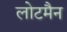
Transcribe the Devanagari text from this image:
लोटमैन